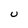
Character: U